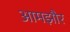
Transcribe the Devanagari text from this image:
आमझौर